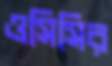
ওসিসির